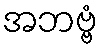
အဘဗ္ဗံ